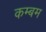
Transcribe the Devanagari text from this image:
कम्बम